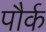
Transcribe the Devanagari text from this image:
पौर्क